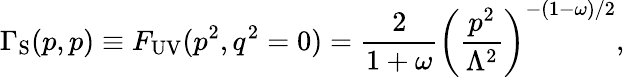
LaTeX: {\Gamma_{\mathrm{S}}}(p,p)\equiv F_{\mathrm{UV}}(p^{2},q^{2}=0)=\frac{2}{1+\omega}\left(\frac{p^{2}}{\Lambda^{2}}\right)^{-(1-\omega)/2},